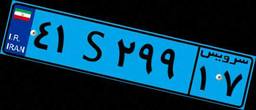
۴۱S۲۹۹۱۷